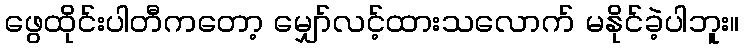
ဖွေထိုင်းပါတီကတော့ မျှော်လင့်ထားသလောက် မနိုင်ခဲ့ပါဘူး။